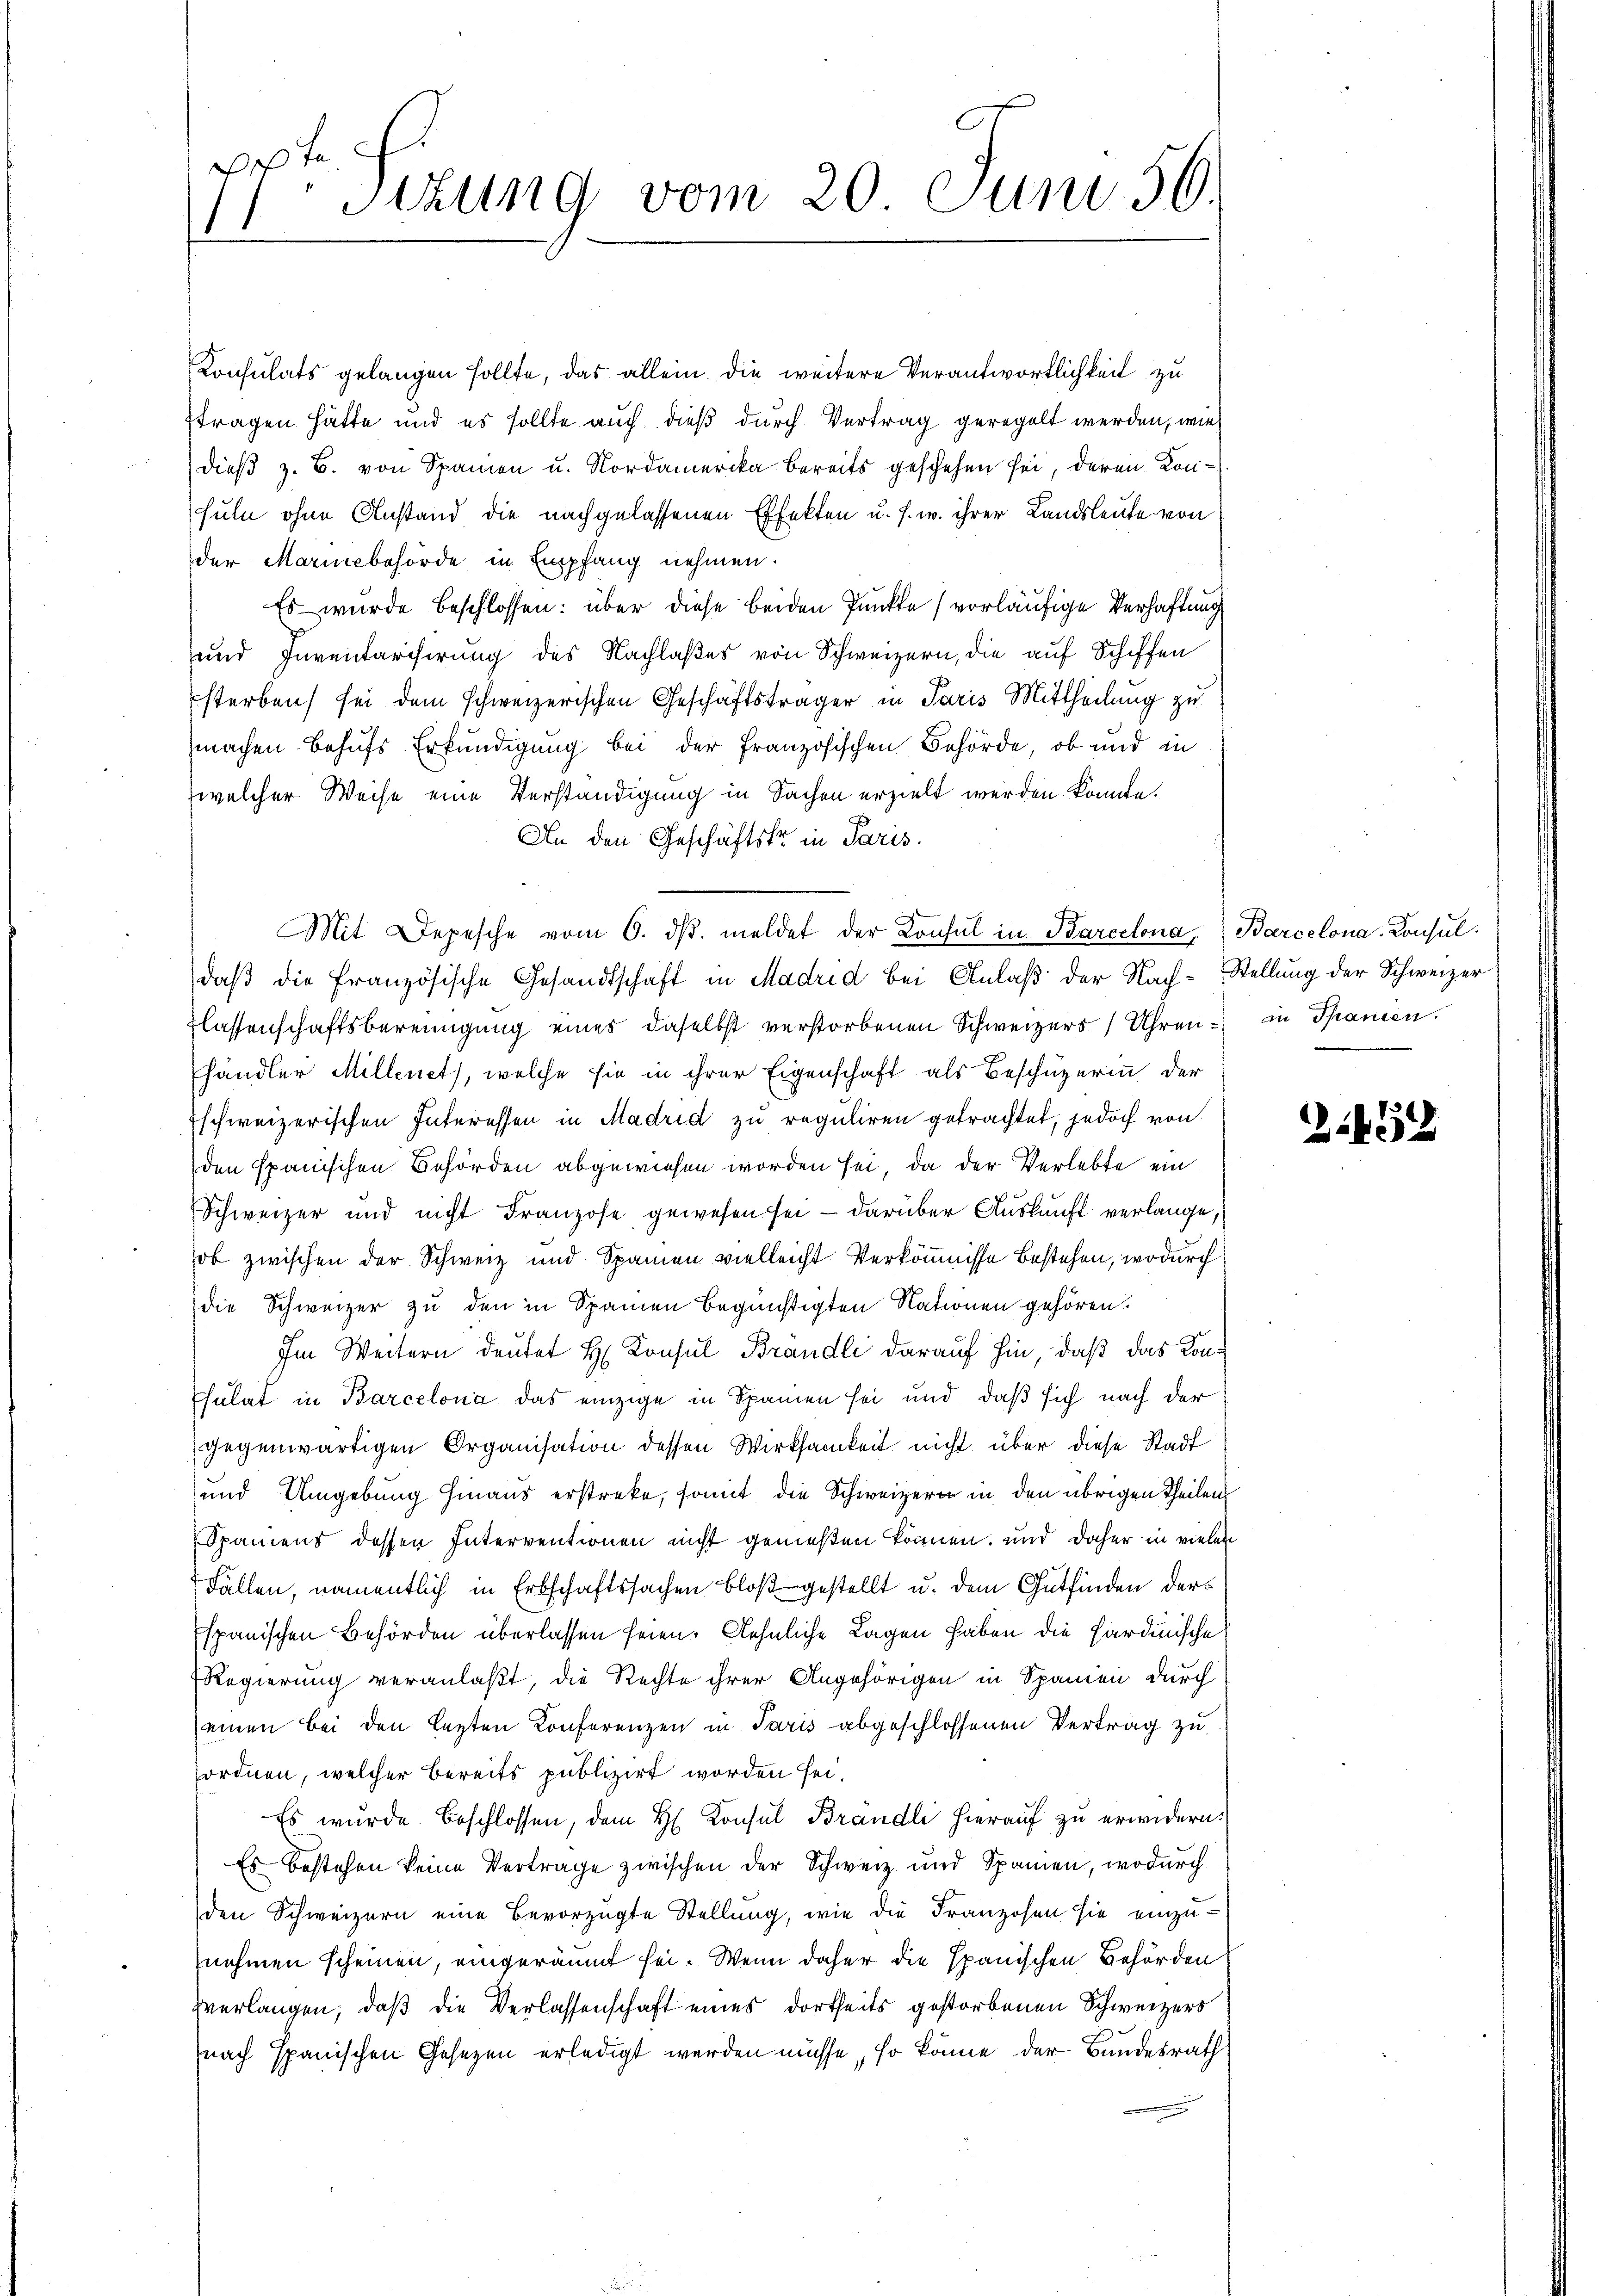
pte
sizung vom 20. Juni 56

Konsulats gelangen sollte, das allein die weitere Verantwortlichkeit zu
ftragen hätte und es sollte auch dieß durch Vertrag geregelt werden, wie
dieß z. B. von Spanien u. Nordamerika bereits geschehen sei, deren Konsuln ohne Anstand die nachgelassenen Effekten u. s. w. ihrer Landsleute von
der Marialbehörde in Empfang nehmen.
Es wurde beschlossen: über diese beiden Punkte vorläufige Verhaftung
und Inventarisirung des Nachlaßes von Schweizern, die auf Schiffen
sterben sei dem schweizerischen Geschäftsträger in Paris Mittheilung zu
machen Behufs Erkundigung bei der französischen Behörde, ob und in
welcher Weise eine Verständigung in Sachen erzielt werden könnte.
An den Geschäftsfr. in Paris.
Mit Depesche vom 6. dβ. meldet der Konsul in Barcelona, Barcelona-Konsul
daβ die französische Gesandtschaft in Madrid bei Anlaß der Nach-Stellung der Schweizer
lassenschaftsbereinigung eines daselbst verstorbenen Schweizers Uhren in Spanien.
händler Millenet), welche sie in ihrer Eigenschaft als Beschüzerin der
Eschweizerischen Interessen in Madrid zu reguliren getrachtet, jedoch von
den spanischen Behörden abgewiesen worden sei, da der Verlebte ein
Schweizer und nicht Franzose gewesen sei, - darüber Auskunft verlange,
ob zwischen der Schweiz und Spanien vielleicht Verkömnisse bestehen, wodurch
die Schweizer zu den in Spanien begünstigten Nationen gehören.
Im Weitern deutet H. Konsul Brandli darauf hin, daß das Kon¬
Chulat in Barcelona das einzige in Spanien sei und daß sich nach der
gegenwärtigen Organisation dessen Wirksamkeit nicht über diese Stadt
und Umgebung hinaus erstreke, somit die Schweizern in den übrigen Theilen
Spaniens dessen Interventionen nicht genießen können, und daher in vielen
Fällen, namentlich in Erbschaftssachen bloß gestellt u. dem Gutfinden derspanischen Behörden überlassen seien. Aehnliche Lagen haben die Hardinische
Regierung veranlaßt, die Rechte ihrer Angehörigen in Spanien durch
einen bei den lezten Konferenzen in Paris abgeschlossenen Vertrag zu
ordnen, welcher bereits publizirt worden sei.
Es wurde beschlossen, dem H. Konsul Brandle hierauf zu erwidern.
Es bestehen keine Vertrage zwischen der Schweiz und Spanien, wodurch
den Schweizern eine Bevorzugte Stellung, wie die Franzosen sie einzu-
nehmen scheinen, eingeräumt sei. Wenn daher die Spanischen Behörden
verlangen, daß die Verlassenschaft eines dortheits gestorbenen Schweizers
nach spanischen Gesezen erledigt werden müsse, so könne der Bundesrath

265